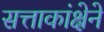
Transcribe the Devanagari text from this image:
सत्ताकांक्षेने